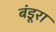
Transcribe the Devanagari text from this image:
बंडूरा